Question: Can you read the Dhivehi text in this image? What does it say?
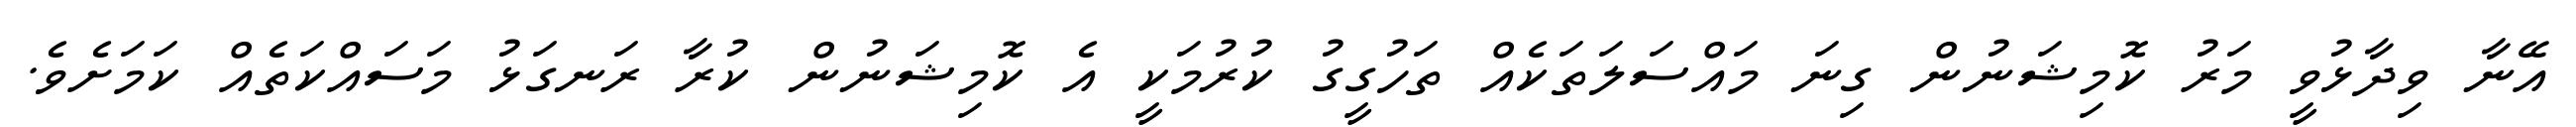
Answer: އޭނާ ވިދާޅުވީ މަރު ކޮމިޝަނުން ގިނަ މައްސަލަތަކެއް ތަހުގީގު ކުރުމަކީ އެ ކޮމިޝަނުން ކުރާ ރަނގަޅު މަސައްކަތެއް ކަމަށެވެ.